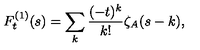
F _ { t } ^ { ( 1 ) } ( s ) = \sum _ { k } \frac { ( - t ) ^ { k } } { k ! } \zeta _ { A } ( s - k ) ,